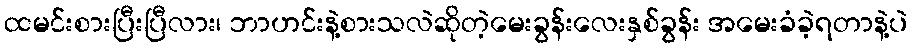
ထမင်းစားပြီးပြီလား၊ ဘာဟင်းနဲ့စားသလဲဆိုတဲ့မေးခွန်းလေးနှစ်ခွန်း အမေးခံခဲ့ရတာနဲ့ပဲ